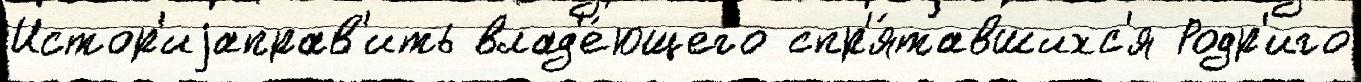
Истор'иjаправ'ить влад'е́ющего спр'я́тавшихс'я Родр'иго